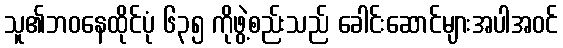
သူ၏ဘဝနေထိုင်ပုံ ၆၃၅ ကိုဖွဲ့စည်းသည် ခေါင်းဆောင်များအပါအဝင်